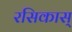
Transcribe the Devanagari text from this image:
रसिकास्